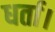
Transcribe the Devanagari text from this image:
धर्ता।